Indian journal of veterinary science and animal husbandry - Volumes 15-17, 1948-1951
Year: 1948
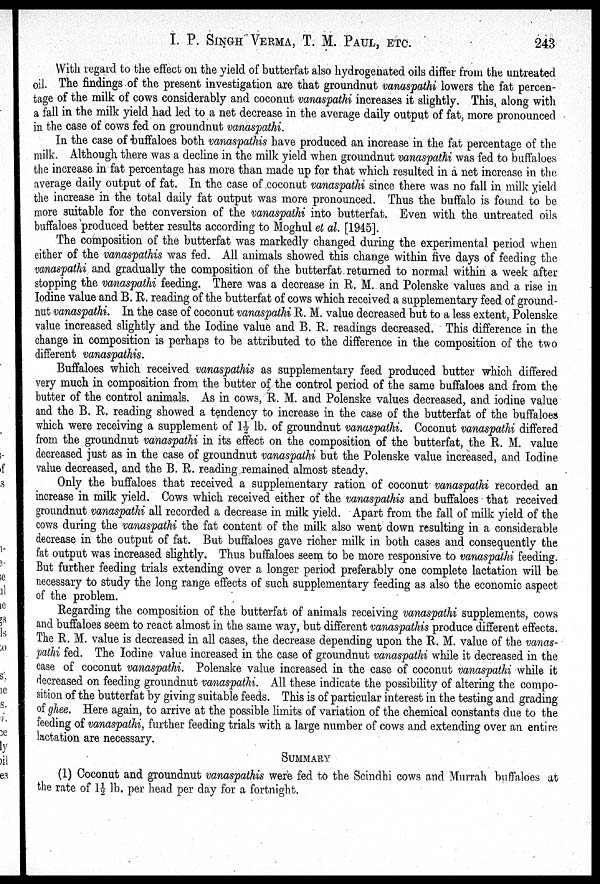
I. P. SINGH VERMA, T. M. PAUL, ETC. 243
With regard to the effect on the yield of butterfat also hydrogenated oils differ from the untreated
oil. The findings of the present investigation are that groundnut vanaspathi lowers the fat percen-
tage of the milk of cows considerably and coconut vanaspathi increases it slightly. This, along with
a fall in the milk yield had led to a net decrease in the average daily output of fat, more pronounced
in the case of cows fed on groundnut vanaspathi.
In the case of buffaloes both vanaspathis have produced an increase in the fat percentage of the
milk. Although there was a decline in the milk yield when groundnut vanaspathi was fed to buffaloes
the increase in fat percentage has more than made up for that which resulted in a net increase in the
average daily output of fat. In the case of coconut vanaspathi since there was no fall in milk yield
the increase in the total daily fat output was more pronounced. Thus the buffalo is found to be
more suitable for the conversion of the vanaspathi into butterfat. Even with the untreated oils
buffaloes produced better results according to Moghul et al. [1945].
The composition of the butterfat was markedly changed during the experimental period when
either of the vanaspathis was fed. All animals showed this change within five days of feeding the
vanaspathi and gradually the composition of the butterfat returned to normal within a week after
stopping the vanaspathi feeding. There was a decrease in R. M. and Polenske values and a rise in
Iodine value and B. E. reading of the butterfat of cows which received a supplementary feed of ground-
nut vanaspathi. In the case of coconut vanaspathi R. M. value decreased but to a less extent, Polenske
value increased slightly and the Iodine value and B. R. readings decreased. This difference in the
change in composition is perhaps to be attributed to the difference in the composition of the two
different vanaspathis.
Buffaloes which received vanaspathis as supplementary feed produced butter which differed
very much in composition from the butter of the control period of the same buffaloes and from the
butter of the control animals. As in cows, R. M. and Polenske values decreased, and iodine value
and the B. R. reading showed a tendency to increase in the case of the butterfat of the buffaloes
which were receiving a supplement of 1½ lb. of groundnut vanaspathi. Coconut vanaspathi differed
from the groundnut vanaspathi in its effect on the composition of the butterfat, the R. M. value
decreased just as in the case of groundnut vanaspathi but the Polenske value increased, and Iodine
value decreased, and the B. R. reading remained almost steady.
Only the buffaloes that received a supplementary ration of coconut vanaspathi recorded an
increase in milk yield. Cows which received either of the vanaspathis and buffaloes that received
groundnut vanaspathi all recorded a decrease in milk yield. Apart from the fall of milk yield of the
cows during the vanaspathi the fat content of the milk also went down resulting in a considerable
decrease in the output of fat. But buffaloes gave richer milk in both cases and consequently the
fat output was increased slightly. Thus buffaloes seem to be more responsive to vanaspathi feeding.
But further feeding trials extending over a longer period preferably one complete lactation will be
necessary to study the long range effects of such supplementary feeding as also the economic aspect
of the problem.
Regarding the composition of the butterfat of animals receiving vanaspathi supplements, cows
and buffaloes seem to react almost in the same way, but different vanaspathis produce different effects.
The R. M. value is decreased in all cases, the decrease depending upon the E. M. value of the vanas-
pathi fed. The Iodine value increased in the case of groundnut vanaspathi while it decreased in the
case of coconut vanaspathi. Polenske value increased in the case of coconut vanaspathi while it
decreased on feeding groundnut vanaspathi. All these indicate the possibility of altering the compo-
sition of the butterfat by giving suitable feeds. This is of particular interest in the testing and grading
of ghee. Here again, to arrive at the possible limits of variation of the chemical constants due to the
feeding of vanaspathi, further feeding trials with a large number of cows and extending over an entire
lactation are necessary.
SUMMARY
(1) Coconut and groundnut vanaspathis were fed to the Scindhi cows and Murrah buffaloes at
the rate of 1½ lb. per head per day for a fortnight.